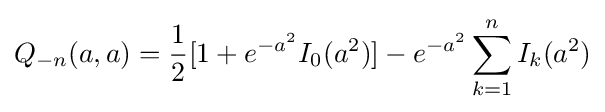
Q_{-n}(a,a)={\frac {1}{2}}[1+e^{-a^{2}}I_{0}(a^{2})]-e^{-a^{2}}\sum _{k=1}^{n}I_{k}(a^{2})